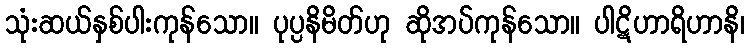
သုံးဆယ်နှစ်ပါးကုန်သော။ ပုပ္ပနိမိတ်ဟု ဆိုအပ်ကုန်သော။ ပါဋိဟာရိဟာနိ၊